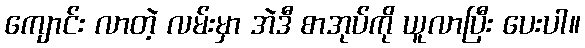
ကျောင်း လာတဲ့ လမ်းမှာ အဲဒီ စာအုပ်ကို ယူလာပြီး ပေးပါ။